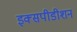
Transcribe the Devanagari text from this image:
इक्सपीडीशन